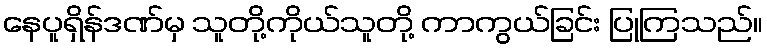
နေပူရှိန်ဒဏ်မှ သူတို့ကိုယ်သူတို့ ကာကွယ်ခြင်း ပြုကြသည်။